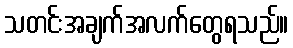
သတင်းအချက်အလက်တွေရသည်။